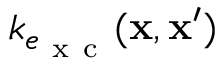
k _ { e _ { \mathrm { ~ x ~ c ~ } } } ( \mathbf { x } , \mathbf { x } ^ { \prime } )